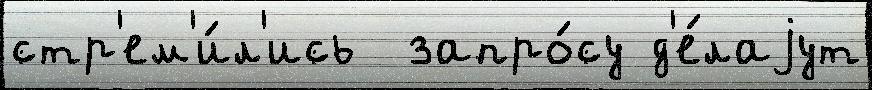
стр'ем'и́л'ись  запро́су д'е́лаjут